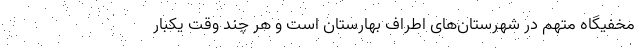
مخفیگاه متهم در شهرستان‌های اطراف بهارستان است و هر چند وقت یکبار